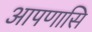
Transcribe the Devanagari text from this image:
आपणासि